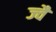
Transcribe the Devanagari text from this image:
ज्‍वै